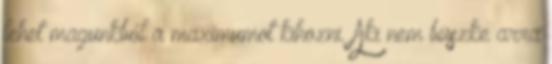
lehet magunkból a maximumot kihozni. Aki nem büszke arra